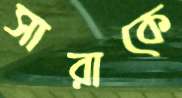
সারাকে